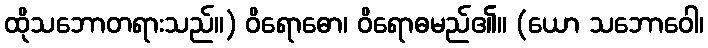
ထိုသဘောတရားသည်။) ဝိရောဓော၊ ဝိရောဓမည်၏။ (ယော သဘောဝေါ၊